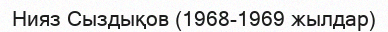
Нияз Сыздықов (1968-1969 жылдар)